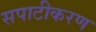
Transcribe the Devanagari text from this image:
सपाटीकरण